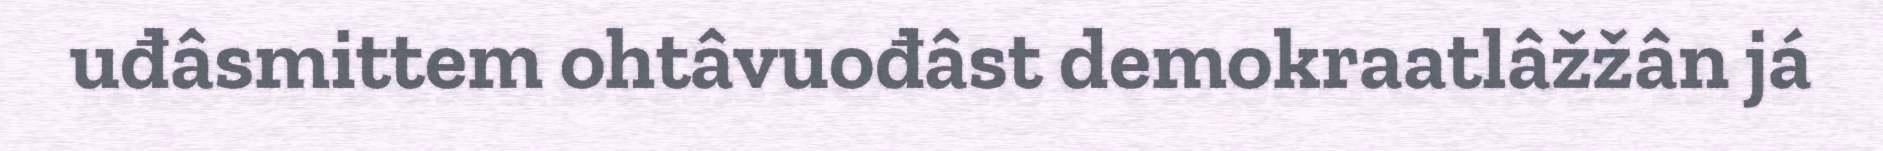
uđâsmittem ohtâvuođâst demokraatlâžžân já